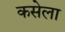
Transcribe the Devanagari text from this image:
कसेला